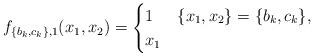
LaTeX: \begin{align*}f_{\{b_k, c_k\},1}(x_1,x_2)=\begin{cases}1 & \{x_1,x_2\}=\{b_k,c_k\},\\x_1 & \end{cases}\end{align*}